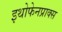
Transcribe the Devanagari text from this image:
इथोफेनप्राक्‍स